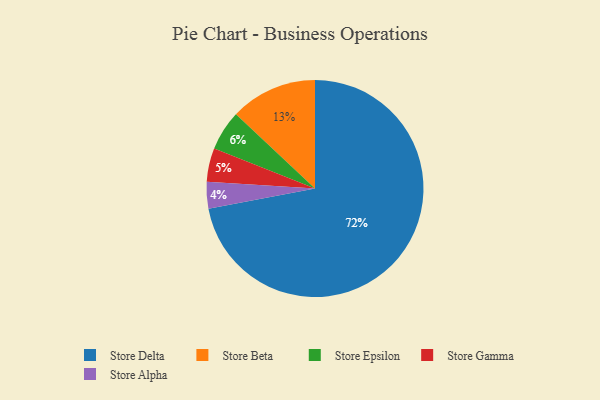
{"axis": {"x": "Category", "y": "Percentage"}, "legend": ["Store Alpha", "Store Beta", "Store Delta", "Store Epsilon", "Store Gamma"], "data": [{"x": "Store Alpha", "y": 4, "type": "Store Alpha"}, {"x": "Store Delta", "y": 72, "type": "Store Delta"}, {"x": "Store Epsilon", "y": 6, "type": "Store Epsilon"}, {"x": "Store Beta", "y": 13, "type": "Store Beta"}, {"x": "Store Gamma", "y": 5, "type": "Store Gamma"}]}